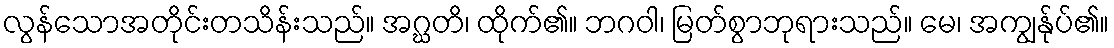
လွန်သောအတိုင်းတသိန်းသည်။ အဂ္ဃတိ၊ ထိုက်၏။ ဘဂဝါ၊ မြတ်စွာဘုရားသည်။ မေ၊ အကျွန်ုပ်၏။